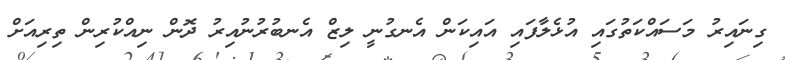
ގިނައިރު މަސައްކަތުގައި އުޅެލާފައި އައިކަން އެނގުނީ ލިޒް އެނބުރުނުއިރު ދޮން ނިއްކުރިން ތިރިއަށް